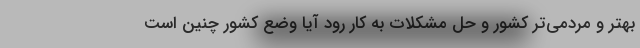
بهتر و مردمی‌تر کشور و حل مشکلات به کار رود آیا وضع کشور چنین است